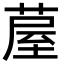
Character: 𮐂